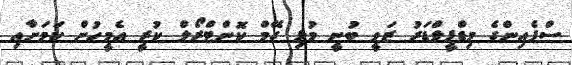
ސްޕެއިންގެ މިޑްފީލްޑަރު ޒަވީ ބުނީ މުޅި ގޭމް ކޮންޓްރޯލް ކުރީ އެމީހުން ކަމަށާއި